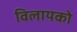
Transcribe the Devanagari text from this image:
विलायको